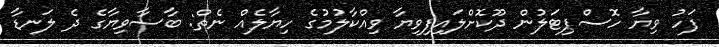
ފަހު ވިޔާ ހޮސްޕިޓަލުން ދޫކޮށްލައިފިވިޔާ ވިއްކާލުމުގެ ހިޔާލެއް ނެތް: ބާސާވިޔާގެ ދެ ލަނޑާ